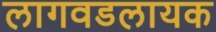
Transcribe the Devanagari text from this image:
लागवडलायक